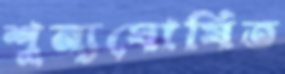
শূন্যঘোষিত